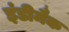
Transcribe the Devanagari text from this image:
इंडीमैक